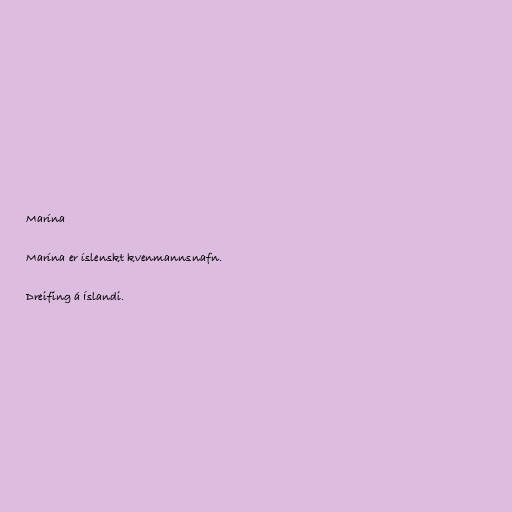
Marína

Marína er íslenskt kvenmannsnafn.

Dreifing á Íslandi.